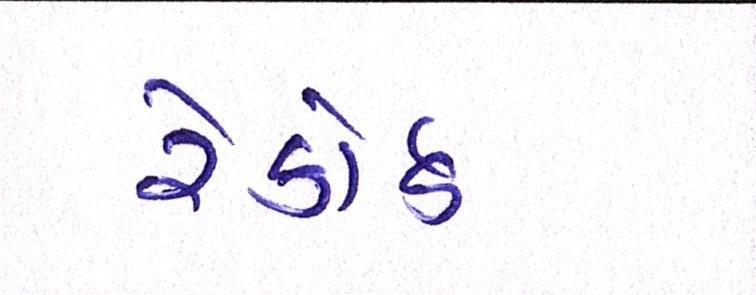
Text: રેકોર્ડ